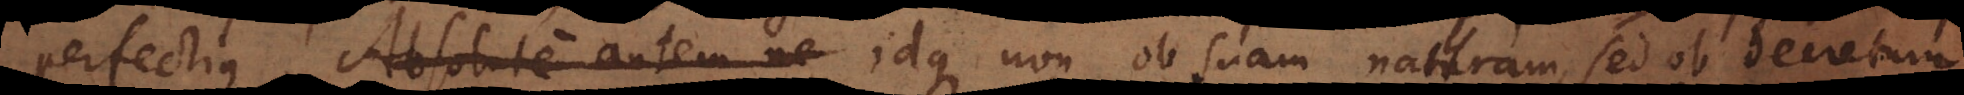
perfectius. Absolute autem ne, idque non ob suam naturam, sed ob decretum